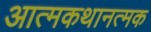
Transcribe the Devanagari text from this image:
आत्मकथानत्मक